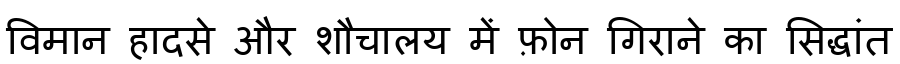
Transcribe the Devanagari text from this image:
विमान हादसे और शौचालय में फ़ोन गिराने का सिद्धांत